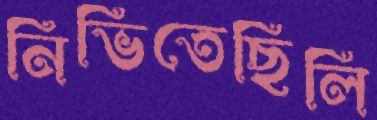
নিভিতেছিলি